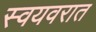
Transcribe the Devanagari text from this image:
स्वयवरात